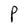
Character: P